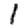
Digit: 1